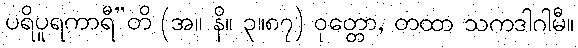
ပရိပူရကာရီ”တိ (အ။ နိ။ ၃။၈၇) ဝုတ္တော, တထာ သကဒါဂါမီ။